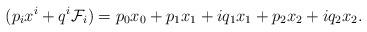
LaTeX: \begin{align*}(p_i x^i + q^i \mathcal{F}_i) = p_0 x_0 + p_1 x_1 + i q_1 x_1 +p_2 x_2 +i q_2 x_2.\end{align*}